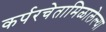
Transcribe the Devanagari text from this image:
कर्परचेतामिळालेल्या